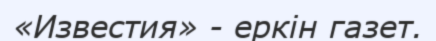
«Известия» - еркін газет.